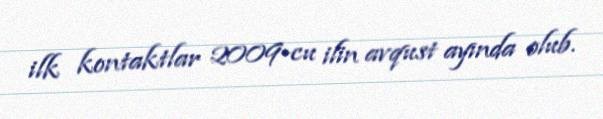
ilk kontaktlar 2009-cu ilin avqust ayında olub.